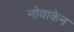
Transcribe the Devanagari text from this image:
नोवाकेन